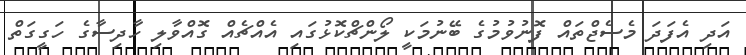
އަދި އެފަދަ މެސެޖްތައް ފޮނުވުމުގެ ބޭނުމަކީ ލޯންޗްކޮޅުގައި އެއްޗެއް ގޮއްވާލި ހާދިސާގެ ހަގީގަތް